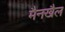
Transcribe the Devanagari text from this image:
मैनखैल